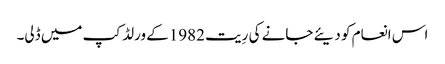
اس انعام کو دیئے جانے کی رِیت 1982کے ورلڈ کپ میں ڈلی۔